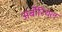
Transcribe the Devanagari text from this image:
अर्बोरियल